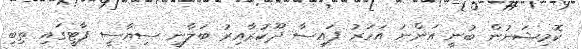
ކޮމިޝަނުން ބުނީ އަންނަ އަހަރު ފައިސާ ދޫކުރާއިރު ބަލާނީ ސިޔާސީ ޕާޓީގައި ތިބި